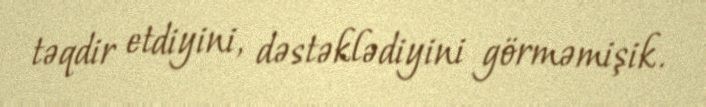
təqdir etdiyini, dəstəklədiyini görməmişik.